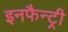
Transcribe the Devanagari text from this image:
इनफैन्ट्री